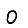
Digit: 0